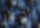
أحرار